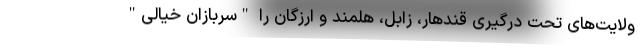
ولایت‌های تحت درگیری قندهار، زابل، هلمند و ارزگان را "سربازان خیالی"